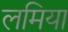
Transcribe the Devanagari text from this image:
लमिया